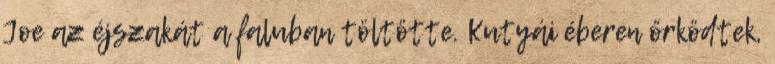
Joe az éjszakát a faluban töltötte. Kutyái éberen őrködtek,